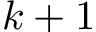
k + 1